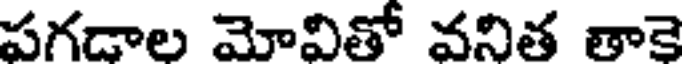
పగడాల మోవితో వనిత తాకె